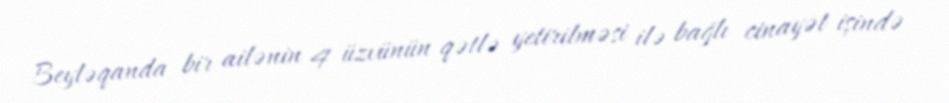
Beyləqanda bir ailənin 4 üzvünün qətlə yetirilməsi ilə bağlı cinayət işində